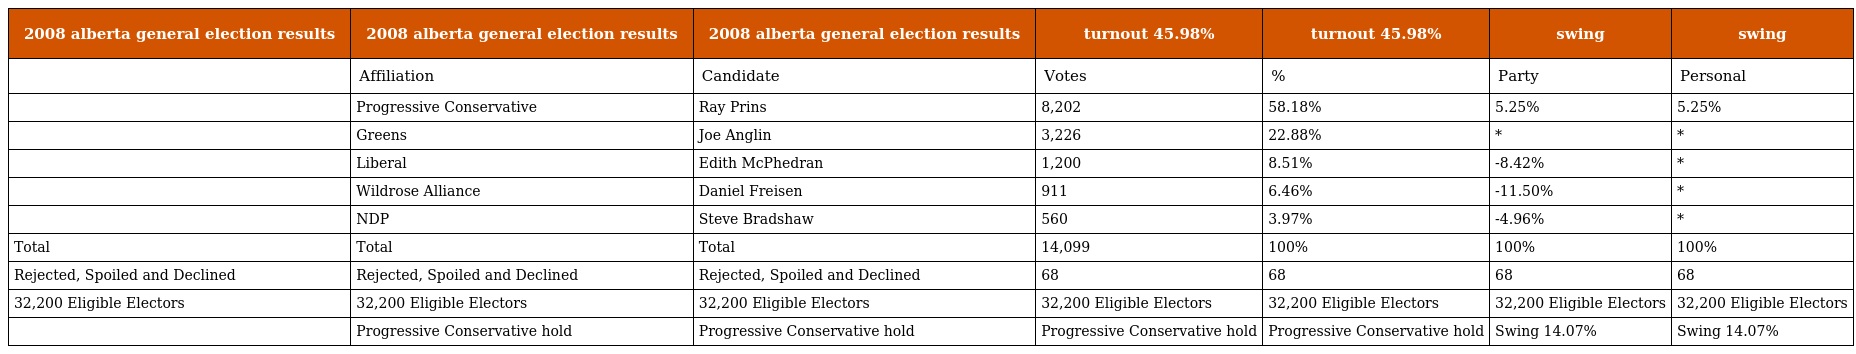
| 2008 alberta general election results | 2008 alberta general election results | 2008 alberta general election results | turnout 45.98% | turnout 45.98% | swing | swing |
 | --- | --- | --- | --- | --- | --- | --- |
 |  | Affiliation | Candidate | Votes | % | Party | Personal |
 |  | Progressive Conservative | Ray Prins | 8,202 | 58.18% | 5.25% | 5.25% |
 |  | Greens | Joe Anglin | 3,226 | 22.88% | * | * |
 |  | Liberal | Edith McPhedran | 1,200 | 8.51% | -8.42% | * |
 |  | Wildrose Alliance | Daniel Freisen | 911 | 6.46% | -11.50% | * |
 |  | NDP | Steve Bradshaw | 560 | 3.97% | -4.96% | * |
 | Total | Total | Total | 14,099 | 100% | 100% | 100% |
 | Rejected, Spoiled and Declined | Rejected, Spoiled and Declined | Rejected, Spoiled and Declined | 68 | 68 | 68 | 68 |
 | 32,200 Eligible Electors | 32,200 Eligible Electors | 32,200 Eligible Electors | 32,200 Eligible Electors | 32,200 Eligible Electors | 32,200 Eligible Electors | 32,200 Eligible Electors |
 |  | Progressive Conservative hold | Progressive Conservative hold | Progressive Conservative hold | Progressive Conservative hold | Swing 14.07% | Swing 14.07% |